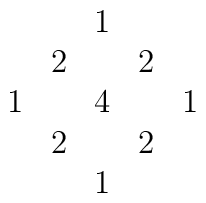
\begin{array}{ccccc}  &   & 1  &   &    \\					      & 2  &   & 2  &    \\					    1  &   & 4 &   & 1  \\					      & 2  &   & 2  &    \\					      &   & 1 &     & 	\end{array}